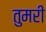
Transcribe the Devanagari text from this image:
तुमरी